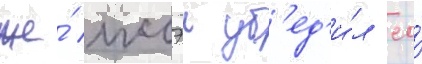
же́ иссэи уб'ед'и́л ео́